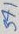
Text: 371